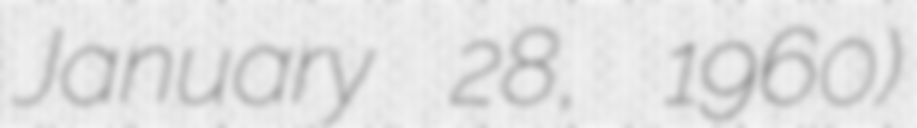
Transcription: January 28, 1960)